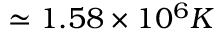
\simeq 1 . 5 8 \times 1 0 ^ { 6 } K